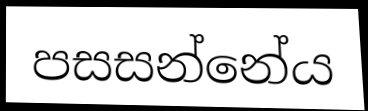
පසසන්නේය